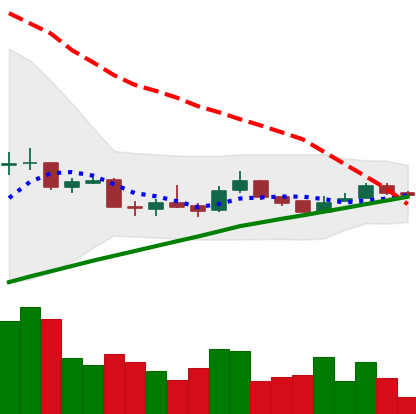
Ticker: LTC-USD
Chart end date: 2015-09-26
Forward return: 3.985%
Label: up_3_5